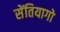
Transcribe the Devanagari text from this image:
सेंतियागो